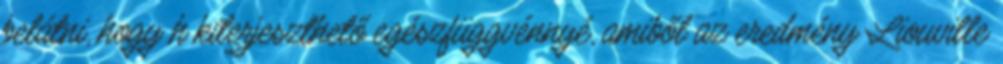
belátni, hogy h kiterjeszthető egészfüggvénnyé, amiből az eredmény Liouville